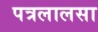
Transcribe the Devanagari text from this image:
पत्रलालसा